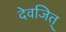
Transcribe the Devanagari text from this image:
देवजित्‌